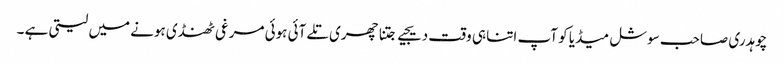
چوہدری صاحب سوشل میڈیا کو آپ اتنا ہی وقت دیجیے جتنا چھری تلے آئی ہوئی مرغی ٹھنڈی ہونے میں لیتی ہے ۔